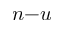
n { - } u